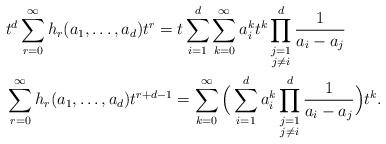
LaTeX: \begin{align*}& t^{d}\sum_{r=0}^\infty h_r(a_1, \ldots , a_d) t^r= t\sum_{i=1}^d \sum_{k=0}^\infty a_i^k t^k \prod^d_{\substack{ j=1\\ j\neq i}} \frac{1}{a_i-a_j}\\& \sum_{r=0}^\infty h_r(a_1, \ldots , a_d) t^{r+d-1}= \sum_{k=0}^\infty\Big( \sum_{i=1}^d a_i^k \prod^d_{\substack{ j=1\\ j\neq i}} \frac{1}{a_i-a_j}\Big) t^k.\end{align*}